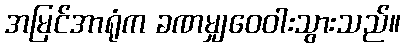
အမြင်အာရုံက ခဏမျှဝေဝါးသွားသည်။